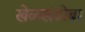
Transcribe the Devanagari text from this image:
खेळखंडोबा